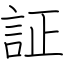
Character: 証